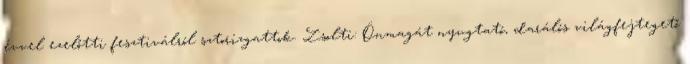
évvel ezelőtti fesztiválról sztorizgattok. Zsolti: Önmagát nyugtató, darálós világfejtegető